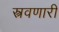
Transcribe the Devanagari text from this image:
स्त्रवणारी